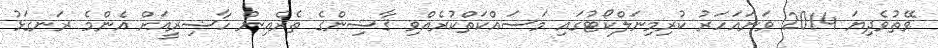
ވޭތުވެދިޔަ 2014 ވަނައަހަރު ކުރިމިނަލްކޯޓުގައި މަސައްކަތްކުރެއްވި ޤާޟިންގެ ތެރެއިން ހާޟިރީއަށް އެންމެ ރަނގަޅު